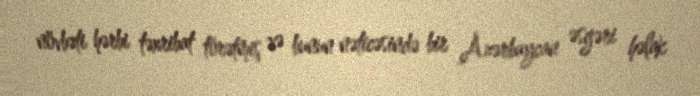
növbəti hərbi təxribat törətmiş və bunun nəticəsində bir Azərbaycan əsgəri həlak